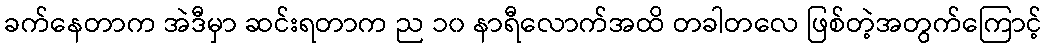
ခက်နေတာက အဲဒီမှာ ဆင်းရတာက ည ၁၀ နာရီလောက်အထိ တခါတလေ ဖြစ်တဲ့အတွက်ကြောင့်